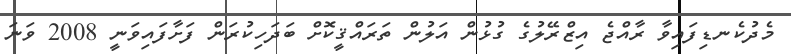
މެދުކެނޑިފައިވާ ރާއްޖެ އިޒްރޭލުގެ ގުޅުން އަލުން ތަރައްޤީކޮށް ބަދަހިކުރަން ފަށާފައިވަނީ 2008 ވަނަ